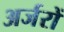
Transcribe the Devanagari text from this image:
अर्जरों